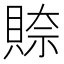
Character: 𮚎